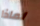
لماذا